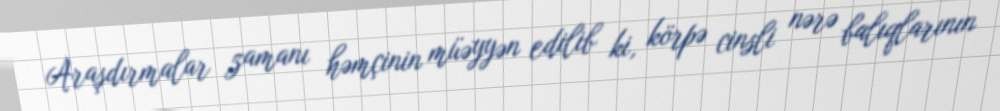
Araşdırmalar zamanı həmçinin müəyyən edilib ki, körpə cinsli nərə balıqlarının